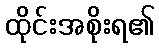
ထိုင်းအစိုးရ၏